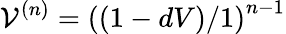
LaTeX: \mathcal{V}^{(n)}=\left((1-dV)/1\right)^{n-1}